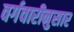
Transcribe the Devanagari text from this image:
वर्गवारीनुसार